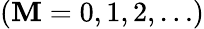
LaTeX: (\mathbf{M}=0,1,2,\ldots)